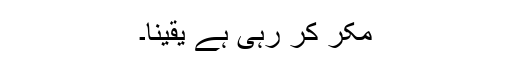
مکر کر رہی ہے یقیناً۔